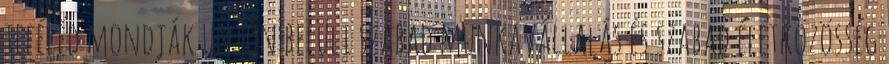
teféléd mondják unión belüli szabad munkavállalás és szabad életközösség